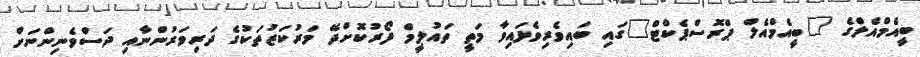
ބީއެމްއެލްގެ "ބީއެމްއެލް ޕްރޮސްޕެކްޓް"ގައި ބައިވެރިވެފައިވާ މަތީ ތައުލީމް ފޯރުކޮށްދޭ މަރުކަޒުތަކުގެ ދަރިވަރުންނާއި ދަސްވެނިންނަށް